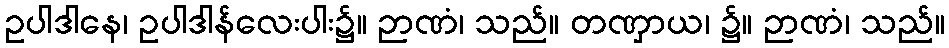
ဥပါဒါနေ၊ ဥပါဒါန်လေးပါး၌။ ဉာဏံ၊ သည်။ တဏှာယ၊ ၌။ ဉာဏံ၊ သည်။